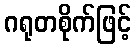
ဂရုတစိုက်ဖြင့်